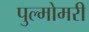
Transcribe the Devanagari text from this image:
पुल्मोमरी